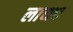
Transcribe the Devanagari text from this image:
लाच्छा